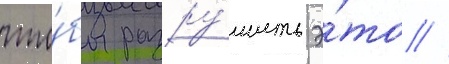
что́бы разру́шить э́то //